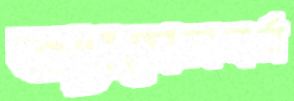
অ্যাসেলবর্ন